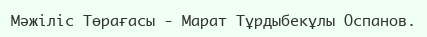
Мәжіліс Төрағасы - Марат Тұрдыбекұлы Оспанов.